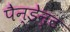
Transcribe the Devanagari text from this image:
पैन्डेन्ट